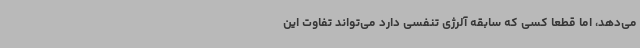
می‌دهد، اما قطعاً کسی که سابقه آلرژی تنفسی دارد می‌تواند تفاوت این